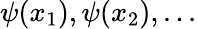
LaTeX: \psi(x_{1}),\psi(x_{2}),...